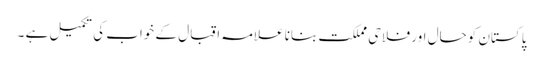
پاکستان کوحال اور فلاحی مملکت بنانا علامہ اقبال کے خواب کی تکمیل ہے ۔